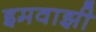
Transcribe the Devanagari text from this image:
इमवाझी